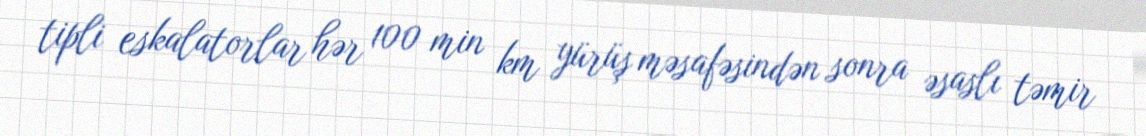
tipli eskalatorlar hər 100 min km yürüş məsafəsindən sonra əsaslı təmir